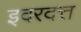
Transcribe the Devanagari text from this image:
इदरदत्त